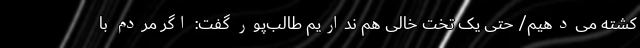
کشته می‌دهیم/ حتی یک تخت خالی هم نداریم طالب‌پور گفت: اگر مردم با